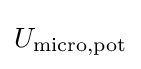
U_{\text{micro,pot}}